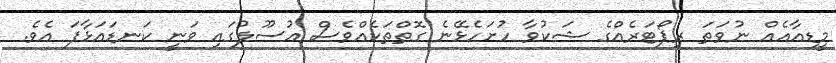
މީޑިއާއެއް ނުވަތަ ރިޕޯޓަރެއްގެ ޝަކުވާ ހުށަހެޅޭނެ ގޮތްތަކެއްވެސް އުސޫލުގައި ވަނީ ކަނޑައަޅާފަ އެވެ.